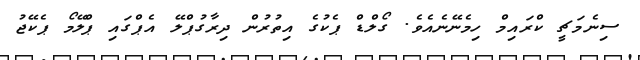
ސިނެމަޗީ ކްރައިމް ހިމެނޭނެއެވެ. ގޯލްޑް ޕެކުގެ އިތުރުން ދިރާގުޕްލޭ އެޕްގައި ޕްލޭމޯ ޕެކޭޖު